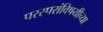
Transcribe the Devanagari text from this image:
परस्परांविषयीच्या